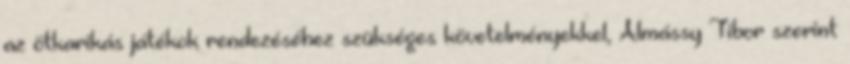
az ötkarikás játékok rendezéséhez szükséges követelményekkel, Almássy Tibor szerint